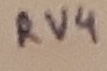
Text: RV4